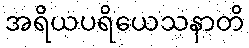
အရိယပရိယေသနာတိ